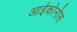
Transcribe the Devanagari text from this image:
आईकोनोस